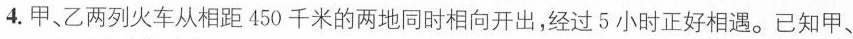
4.甲、乙两列火车从相距450千米的两地同时相向开出，经过5小时正好相遇。已知甲、